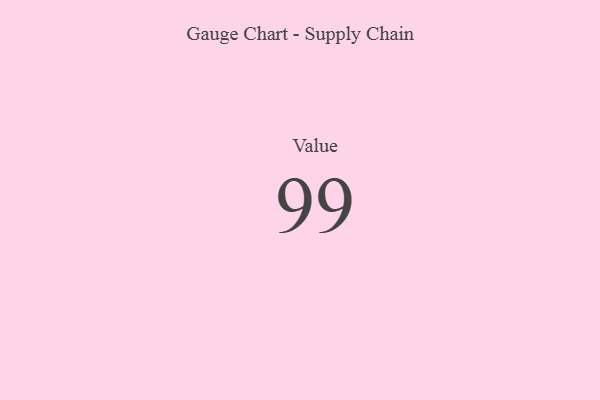
{"axis": {"x": "Metric", "y": "Value"}, "legend": [""], "data": [{"x": "Value", "y": 99, "type": ""}]}